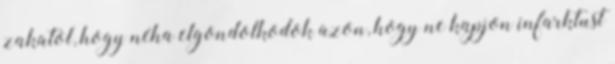
zakatol, hogy néha elgondolkodok azon, hogy ne kapjon infarktust